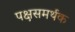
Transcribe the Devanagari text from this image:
पक्षसमर्थक